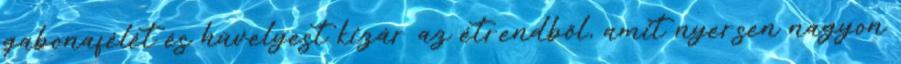
gabonafélét és hüvelyest kizár az étrendből, amit nyersen nagyon